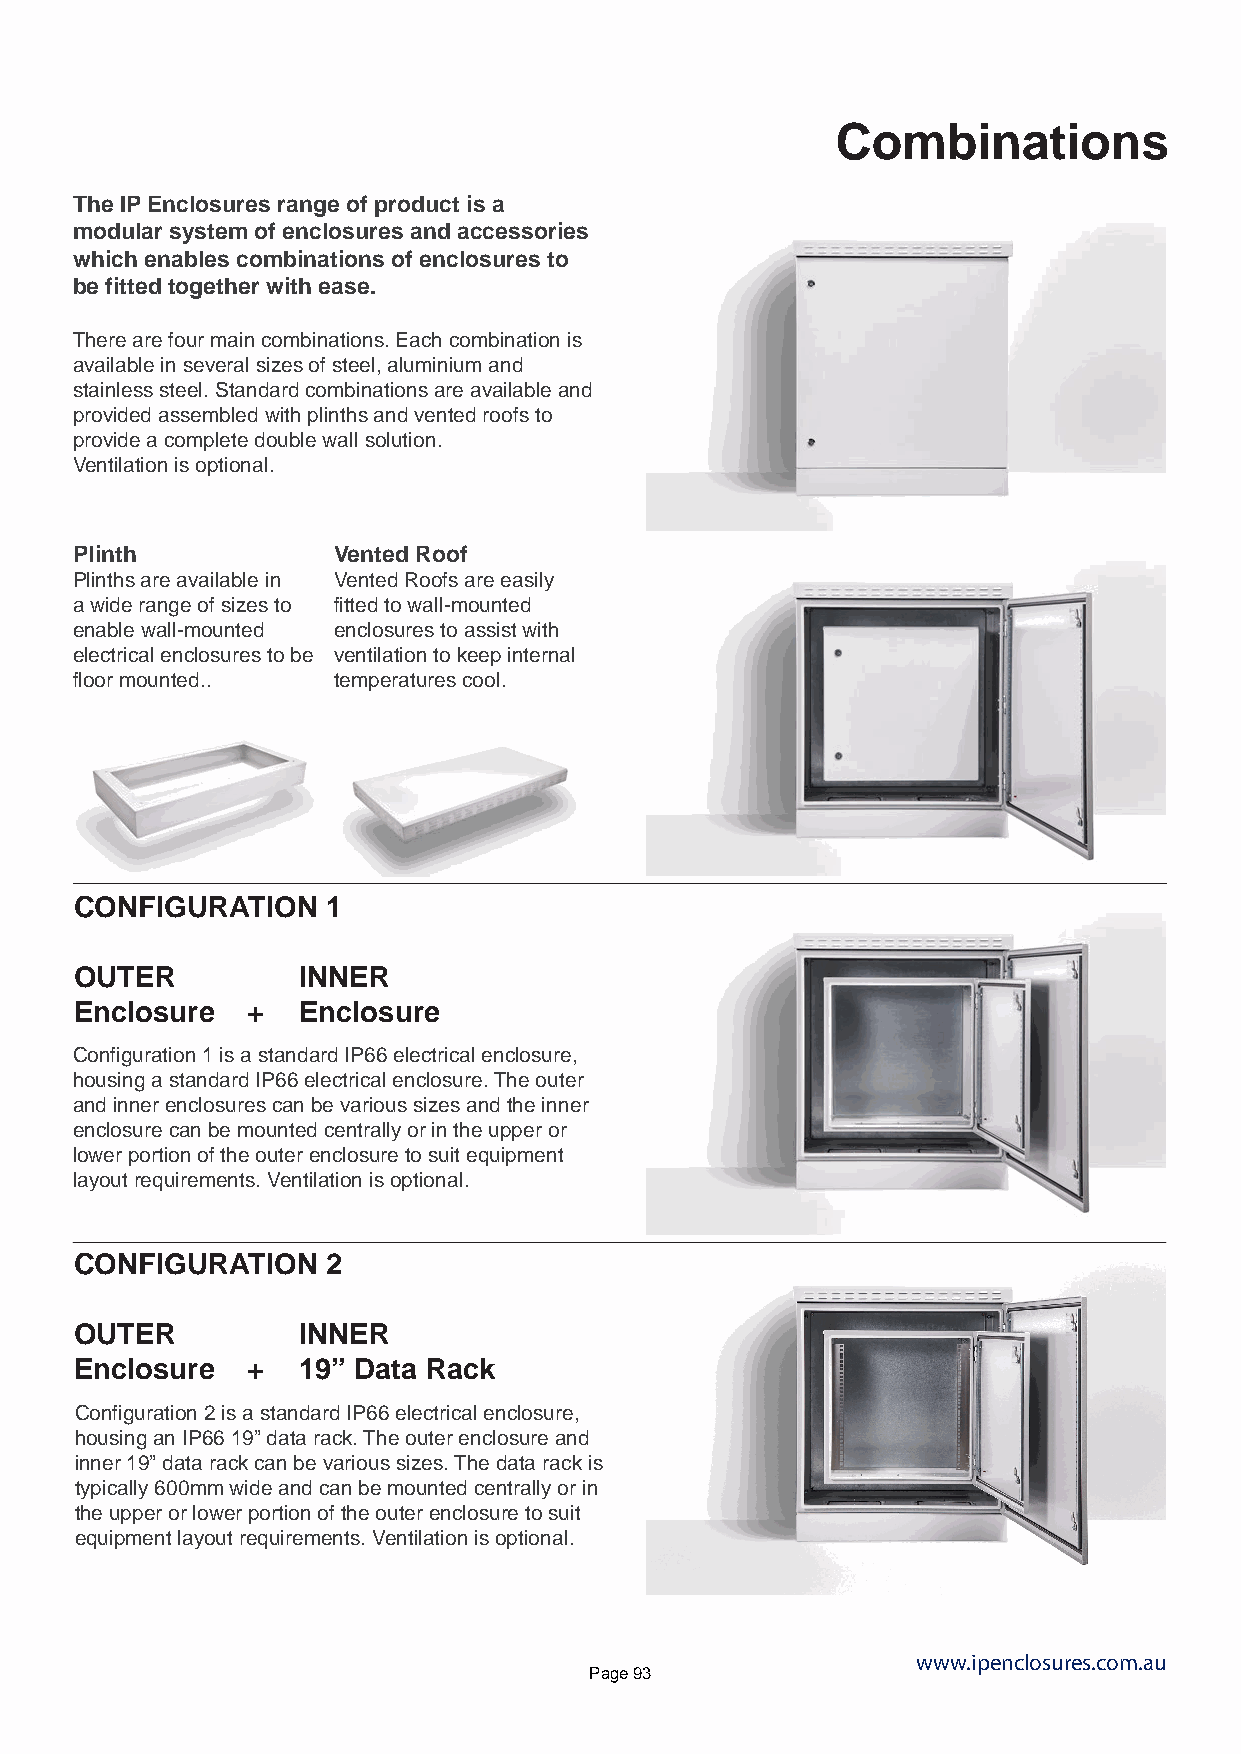
Combinations
 The IP Enclosures range of product is a
 modular system of enclosures and accessories
 which enables combinations of enclosures to
 be fitted together with ease.
 There are four main combinations. Each combination is
 available in several sizes of steel, aluminium and
 stainless steel. Standard combinations are available and
 provided assembled with plinths and vented roofs to
 provide a complete double wall solution.
 Ventilation is optional.
 Plinth           Vented Roof
 Plinths are available in Vented Roofs are easily
 a wide range of sizes to fitted to wall-mounted
 enable wall-mounted enclosures to assist with
 electrical enclosures to be ventilation to keep internal
 floor mounted..  temperatures cool.
 CONFIGURATION    1
 OUTER          INNER
 Enclosure  +   Enclosure
 Configuration 1 is a standard IP66 electrical enclosure,
 housing a standard IP66 electrical enclosure. The outer
 and inner enclosures can be various sizes and the inner
 enclosure can be mounted centrally or in the upper or
 lower portion of the outer enclosure to suit equipment
 layout requirements. Ventilation is optional.
 CONFIGURATION    2
 OUTER          INNER
 Enclosure  +   19” Data Rack
 Configuration 2 is a standard IP66 electrical enclosure,
 housing an IP66 19” data rack. The outer enclosure and
 inner 19” data rack can be various sizes. The data rack is
 typically 600mm wide and can be mounted centrally or in
 the upper or lower portion of the outer enclosure to suit
 equipment layout requirements. Ventilation is optional.
 www.ipenclosures.com.au
 Page 93